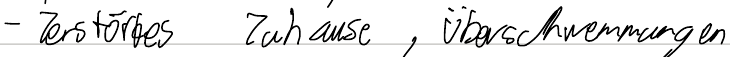
- Zerstörtes Zuhause, Überschwemmungen